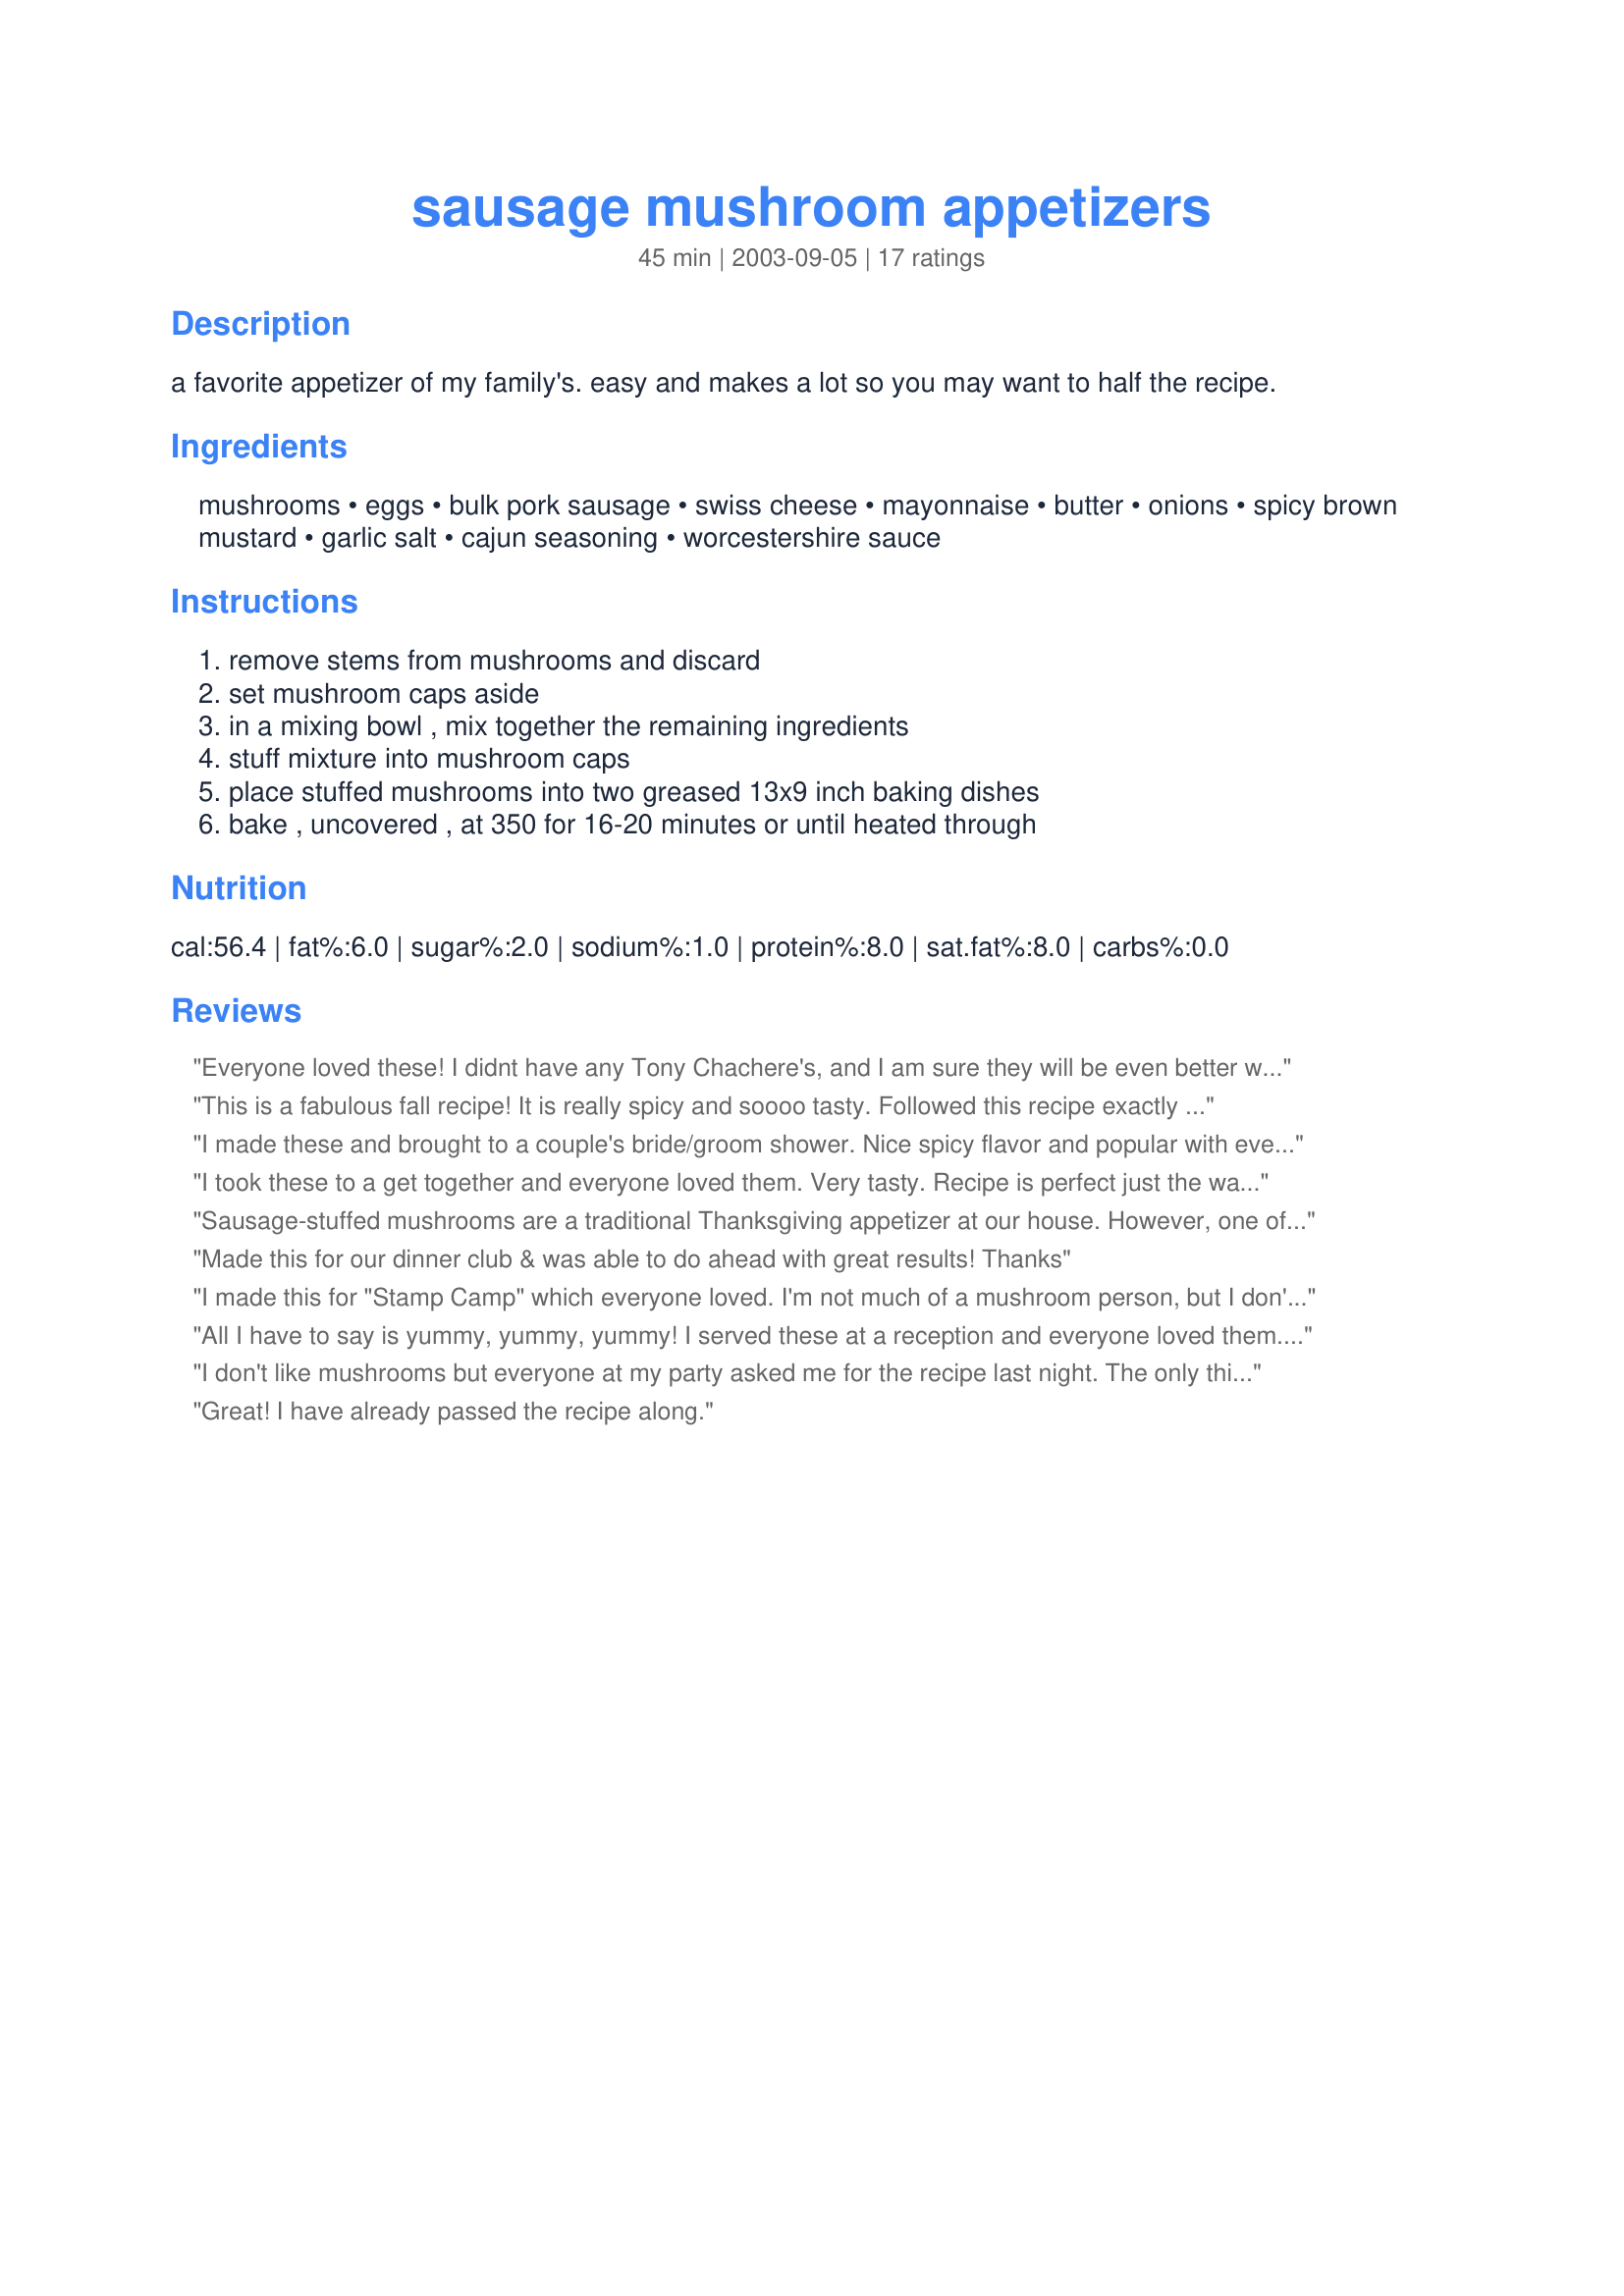
sausage mushroom appetizers
Preparation time: 45 minutes

a favorite appetizer of my family's. easy and makes a lot so you may want to half the recipe.

Ingredients:
mushrooms, eggs, bulk pork sausage, swiss cheese, mayonnaise, butter, onions, spicy brown mustard, garlic salt, cajun seasoning, worcestershire sauce

Steps:
remove stems from mushrooms and discard, set mushroom caps aside, in a mixing bowl , mix together the remaining ingredients, stuff mixture into mushroom caps, place stuffed mushrooms into two greased 13x9 inch baking dishes, bake , uncovered , at 350 for 16-20 minutes or until heated through

Reviews:
Everyone loved these! I didnt have any Tony Chachere's, and I am sure they will be even better when I make them with that ingredient, but they were wonderful without it.
This is a fabulous fall recipe! It is really spicy and soooo tasty. Followed this recipe exactly and wouldn't change a thing. 
PS:
Nurse Di, 
I have so many of your recipes to try. Whenever someone mentions to me that they are seeking great "Southern" recipes, I always link them up to you. =) Keep posting...PLEASE!!
I made these and brought to a couple's bride/groom shower. Nice spicy flavor and popular with everyone. Several asked for the recipe so I printed out a few copies. This is one that will be made over and over and... Thanks!!!
I took these to a get together and everyone loved them. Very tasty. Recipe is perfect just the way it is! Thanks!
Sausage-stuffed mushrooms are a traditional Thanksgiving appetizer at our house. However, one of the guests this year is allergic to an ingredient in our favorite recipe, so I had to go searching for another version. This was a wonderful substitute, enjoyed by all!
Made this for our dinner club & was able to do ahead with great results! Thanks
I made this for "Stamp Camp" which everyone loved. I'm not much of a mushroom person, but I don't mind them in something. Anyway, instead of swiss (I forgot to pick some up for this recipe), I sub'd with mozzarella and then topped it with a small slice. Everyone loved them. I had 2 myself and thought they weren't too bad. The girls want me to make them again! Thanks :)
All I have to say is yummy, yummy, yummy! I served these at a reception and everyone loved them. Very tasty and easy to make. Thanks for a great recipe.
I don't like mushrooms but everyone at my party asked me for the recipe last night. The only thing I changed was to add 1/3 cup of breadcrumbs because the batter seemed a little wet. I was able to make the batter the night before, and able to fill early and refridgerate and just popped them in the oven when I was ready.
Great! I have already passed the recipe along.
I made several appetizers from this website and everyone loved this one. It was a favorite of my 23 year old son's. Best of all it was so easy to make and didn't take long. I'll be using it for a bridal shower in a couple of weeks. Thanks!
My family loved these stuffed mushrooms! They were gone in minutes. This is now my food assignment for every family gathering. I do like to add a package of cream cheese to the recipe.
These were FANTASTIC and went fast! I served these to my guests while they were waiting for me to finish XMas dinner, I did them up ahead of time which made my life sooo much easier! I was multi-tasking a little too much and wasn't able to give my full attention to the sausage as it was browning, so it wound up with being a little "chunkier" than I wanted. After draining the sausage and letting it cool for a minute, I threw it in the blender to make it 'fine'. It mixed very evenly with the other ingredients then, and made a much more consistent mixture for stuffing the mushroom caps, will do this from now on. Followed the recipe, which isn't something I always do, but next time I might double the cajun seasoning. Thanks for posting a great one, can't wait to make these again!
DELISH!!!! Made these twice for 2 sets of company and both loved. Excellent recipe.
These mushrooms were excellent and will definitely make them again... Thanks for submitting NurseDi...
These are awesome. I made these for a finger food Holiday party and nearly everyone asked for the recipe. I will continue to make these for upcoming parties. Thanks for the recipe!!!
These were wonderful - thank you!
